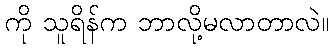
ကို သူရိန်က ဘာလို့မလာတာလဲ။